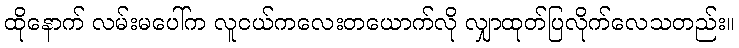
ထိုနောက် လမ်းမပေါ်က လူငယ်ကလေးတယောက်လို လျှာထုတ်ပြလိုက်လေသတည်း။